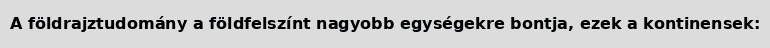
A földrajztudomány a földfelszínt nagyobb egységekre bontja, ezek a kontinensek: